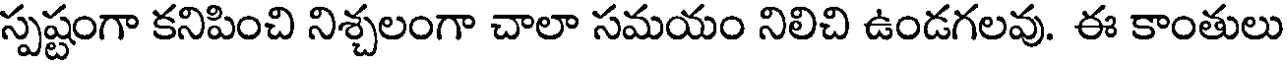
స్పష్టంగా కనిపించి నిశ్చలంగా చాలా సమయం నిలిచి ఉండగలవు. ఈ కాంతులు